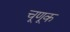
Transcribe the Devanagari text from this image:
चूणूक